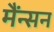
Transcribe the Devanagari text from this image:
मैंन्सन